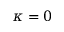
\kappa = 0